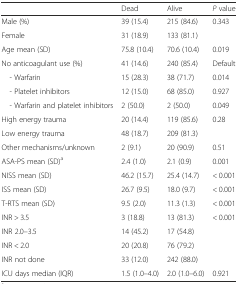
<table><thead><tr><td></td><td><b>Dead</b></td><td><b>Alive</b></td><td><b><i>P</i> value</b></td></tr></thead><tbody><tr><td>Male (%)</td><td>39 (15.4)</td><td>215 (84.6)</td><td rowspan="2">0.343</td></tr><tr><td>Female</td><td>31 (18.9)</td><td>133 (81.1)</td></tr><tr><td>Age mean (SD)</td><td>75.8 (10.4)</td><td>70.6 (10.4)</td><td>0.019</td></tr><tr><td>No anticoagulant use (%)</td><td>41 (14.6)</td><td>240 (85.4)</td><td>Default</td></tr><tr><td> - Warfarin</td><td>15 (28.3)</td><td>38 (71.7)</td><td>0.014</td></tr><tr><td> - Platelet inhibitors</td><td>12 (15.0)</td><td>68 (85.0)</td><td>0.927</td></tr><tr><td> - Warfarin and platelet inhibitors</td><td>2 (50.0)</td><td>2 (50.0)</td><td>0.049</td></tr><tr><td>High energy trauma</td><td>20 (14.4)</td><td>119 (85.6)</td><td rowspan="2">0.28</td></tr><tr><td>Low energy trauma</td><td>48 (18.7)</td><td>209 (81.3)</td></tr><tr><td>Other mechanisms/unknown</td><td>2 (9.1)</td><td>20 (90.9)</td><td>0.51</td></tr><tr><td>ASA-PS mean (SD)<sup>a</sup></td><td>2.4 (1.0)</td><td>2.1 (0.9)</td><td>0.001</td></tr><tr><td>NISS mean (SD)</td><td>46.2 (15.7)</td><td>25.4 (14.7)</td><td>&lt; 0.001</td></tr><tr><td>ISS mean (SD)</td><td>26.7 (9.5)</td><td>18.0 (9.7)</td><td>&lt; 0.001</td></tr><tr><td>T-RTS mean (SD)</td><td>9.5 (2.0)</td><td>11.3 (1.3)</td><td>&lt; 0.001</td></tr><tr><td>INR &gt; 3.5</td><td>3 (18.8)</td><td>13 (81.3)</td><td rowspan="4">&lt; 0.001</td></tr><tr><td>INR 2.0–3.5</td><td>14 (45.2)</td><td>17 (54.8)</td></tr><tr><td>INR &lt; 2.0</td><td>20 (20.8)</td><td>76 (79.2)</td></tr><tr><td>INR not done</td><td>33 (12.0)</td><td>242 (88.0)</td></tr><tr><td>ICU days median (IQR)</td><td>1.5 (1.0–4.0)</td><td>2.0 (1.0–6.0)</td><td>0.921</td></tr></tbody></table>